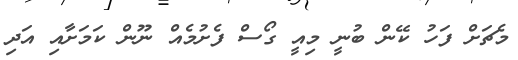
މެޗަށް ފަހު ކޭން ބުނީ މިއީ ގޯސް ފެށުމެއް ނޫން ކަމަށާއި އަދި